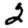
Digit: 2